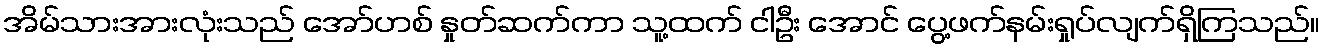
အိမ်သားအားလုံးသည် အော်ဟစ် နှုတ်ဆက်ကာ သူ့ထက် ငါဦး အောင် ပွေ့ဖက်နမ်းရှုပ်လျက်ရှိကြသည်။